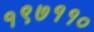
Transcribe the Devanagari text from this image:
१९७११०